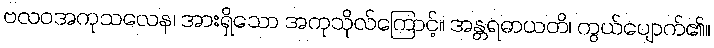
ဗလဝအကုသလေန၊ အားရှိသော အကုသိုလ်ကြောင့်။ အန္တရဓာယတိ၊ ကွယ်ပျောက်၏။